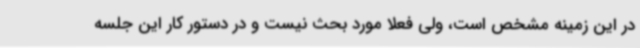
در این زمینه مشخص است، ولی فعلا مورد بحث نیست و در دستور کار این جلسه